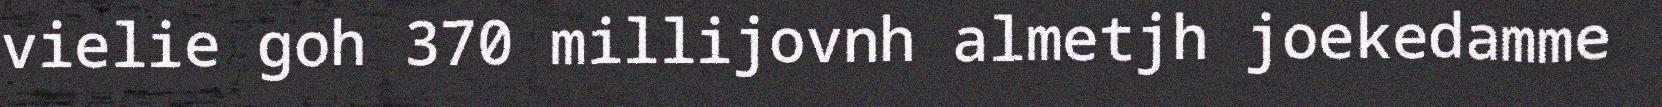
vielie goh 370 millijovnh almetjh joekedamme